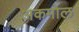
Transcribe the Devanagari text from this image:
अकमोल